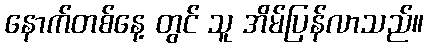
နောက်တစ်နေ့ တွင် သူ အိမ်ပြန်လာသည်။